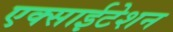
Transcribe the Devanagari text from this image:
एक्साईटेशन